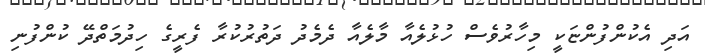
އަދި އެކުންފުންޏަކީ މިހާރުވެސް ހުޅުލެއާ މާލެއާ ދެމެދު ދަތުރުކުރާ ފެރީގެ ހިދުމަތްދޭ ކުންފުނި